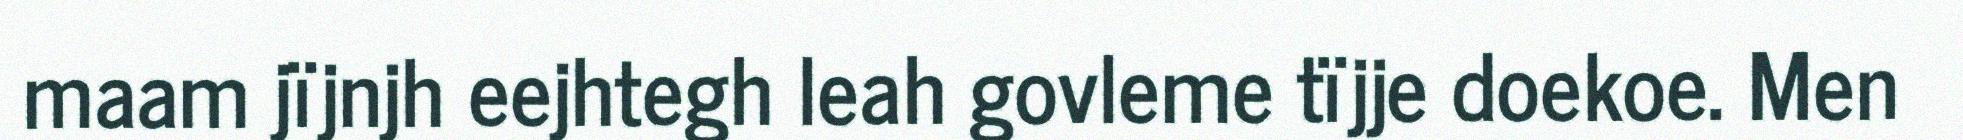
maam jïjnjh eejhtegh leah govleme tïjje doekoe. Men